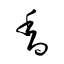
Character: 香